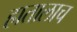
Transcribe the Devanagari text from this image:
हातालाच